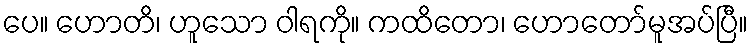
ပေ။ ဟောတိ၊ ဟူသော ဝါရကို။ ကထိတော၊ ဟောတော်မူအပ်ပြီ။